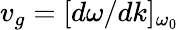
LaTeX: v_{g}=[d\omega/dk]_{\omega_{0}}